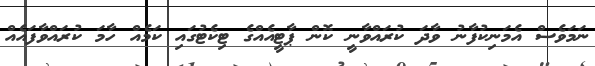
ނަމަވެސް އެމަނިކުފާނު ވާދަ ކުރައްވާނީ ކޮން ޕާޓީއެއްގެ ޓިކެޓުގައި ކަމެއް ހާމަ ކުރައްވާފައެއް